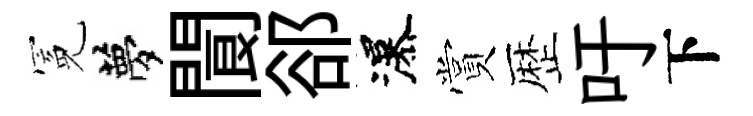
冕夢閬郤瀑賞歴吁下